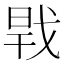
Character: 𢧀